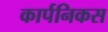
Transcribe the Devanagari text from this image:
कार्पनिकस